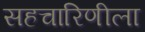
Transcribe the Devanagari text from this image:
सहचारिणीला